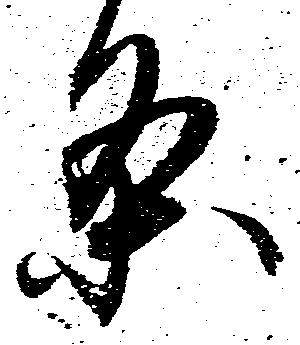
条